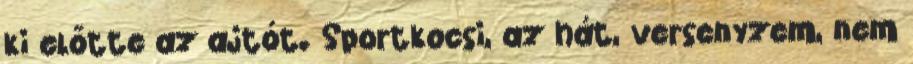
ki előtte az ajtót. Sportkocsi, az hát, versenyzem, nem